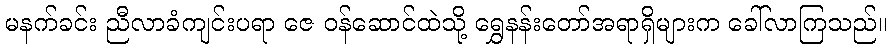
မနက်ခင်း ညီလာခံကျင်းပရာ ဇေ ဝန်ဆောင်ထဲသို့ ရွှေနန်းတော်အရာရှိများက ခေါ်လာကြသည်။